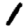
Digit: 1